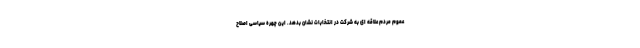
عموم مردم علاقه ای به شرکت در انتخابات نشان بدهد. این چهره سیاسی اصلاح